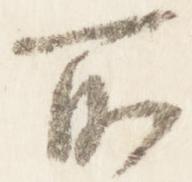
所